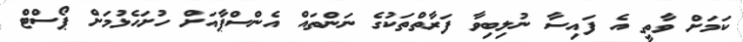
ކަމަށް ވާތީ އެ ފައިސާ ނުލިބިވާ ފަރާތްތަކުގެ ނަންތައް އެންސްޕާއަށް ހުށަހެޅުމަށް ޕޯސްޓް